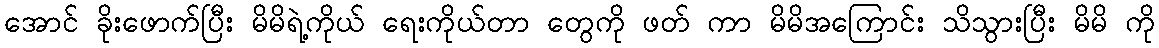
အောင် ခိုးဖောက်ပြီး မိမိရဲ့ကိုယ် ရေးကိုယ်တာ တွေကို ဖတ် ကာ မိမိအကြောင်း သိသွားပြီး မိမိ ကို